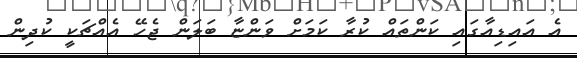
އެ އައިޑިއާގައި ކަންތައް ކުރާ ކަމަށް ވަންޏާ ބަލަން ޖެހޭ އެއްޗަކީ ކުދިން